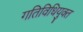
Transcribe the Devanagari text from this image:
गतिविधियुक्त